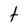
Character: t